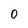
Character: 0